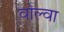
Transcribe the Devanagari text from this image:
वोल्वा